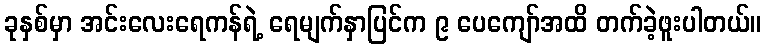
ခုနှစ်မှာ အင်းလေးရေကန်ရဲ့ ရေမျက်နှာပြင်က ၉ ပေကျော်အထိ တက်ခဲ့ဖူးပါတယ်။